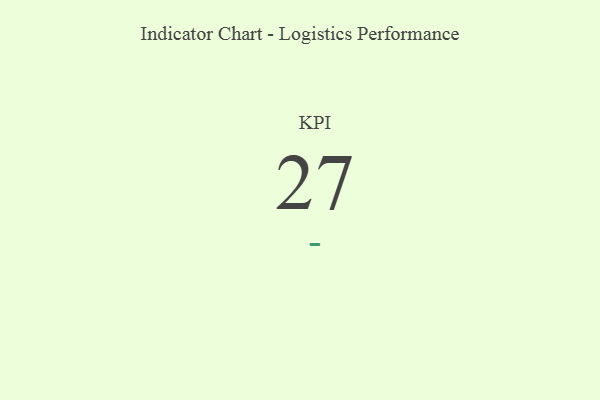
{"axis": {"x": "KPI", "y": "Value"}, "legend": [""], "data": [{"x": "KPI", "y": 27, "type": ""}]}